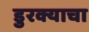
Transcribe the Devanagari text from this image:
डुरक्याचा